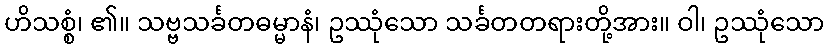
ဟိသစ္စံ၊ ၏။ သဗ္ဗသင်္ခတဓမ္မာနံ၊ ဥဿုံသော သင်္ခတတရားတို့အား။ ဝါ၊ ဥဿုံသော